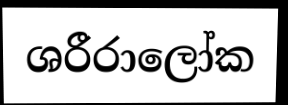
ශරීරාලෝක